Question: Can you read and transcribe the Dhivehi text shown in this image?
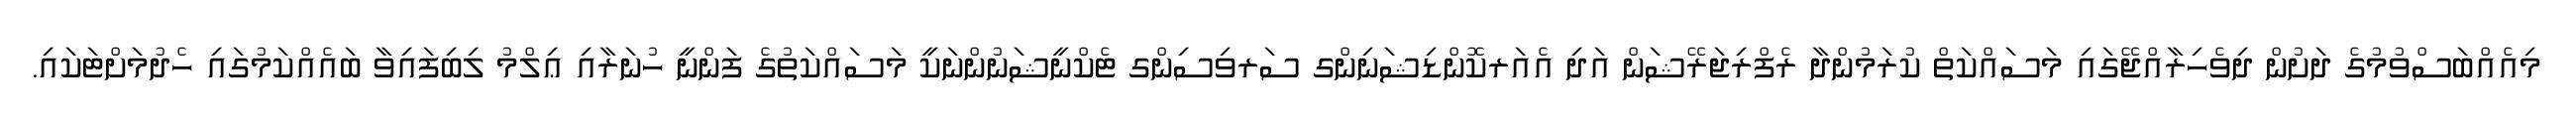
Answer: މިއެއްބަސްވުމުގެ ދަށުން ދިވެހިރާއްޖޭގައި މަސައްކަތް ކުރަމުންދާ ރެފްރިޖަރޭޝަން އަދި އެއަރކޮންޑިޝަނިންގ ސަރވިސިންގ ޓެކްނީޝަނުންނަކީ މަސައްކަތުގެ ފަންނީ ހުނަރާއި ޢިލްމު ލިބިފައިވާ ބައެއްކަމުގައި ހެދުމަށްޓަކައި.